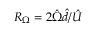
R _ { \Omega } = 2 \hat { \Omega } \hat { d } / \hat { U }